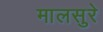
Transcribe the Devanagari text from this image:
मालसुरे